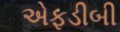
એફડીબી